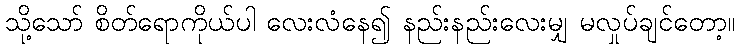
သို့သော် စိတ်ရောကိုယ်ပါ လေးလံနေ၍ နည်းနည်းလေးမျှ မလှုပ်ချင်တော့။